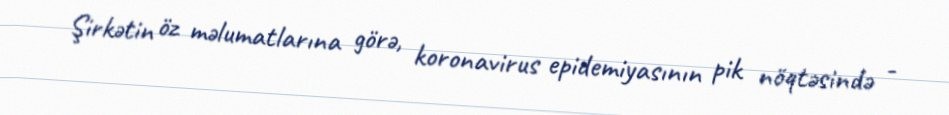
Şirkətin öz məlumatlarına görə, koronavirus epidemiyasının pik nöqtəsində -